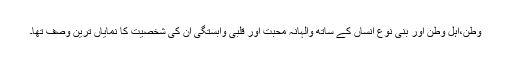
وطن،اہل وطن اور بنی نوع انساں کے ساتھ والہانہ محبت اور قلبی وابستگی ان کی شخصیت کا نمایاں ترین وصف تھا۔